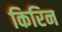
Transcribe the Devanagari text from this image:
किरिन